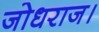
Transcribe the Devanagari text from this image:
जोधराज।